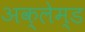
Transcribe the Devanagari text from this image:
अक्लेम्ड